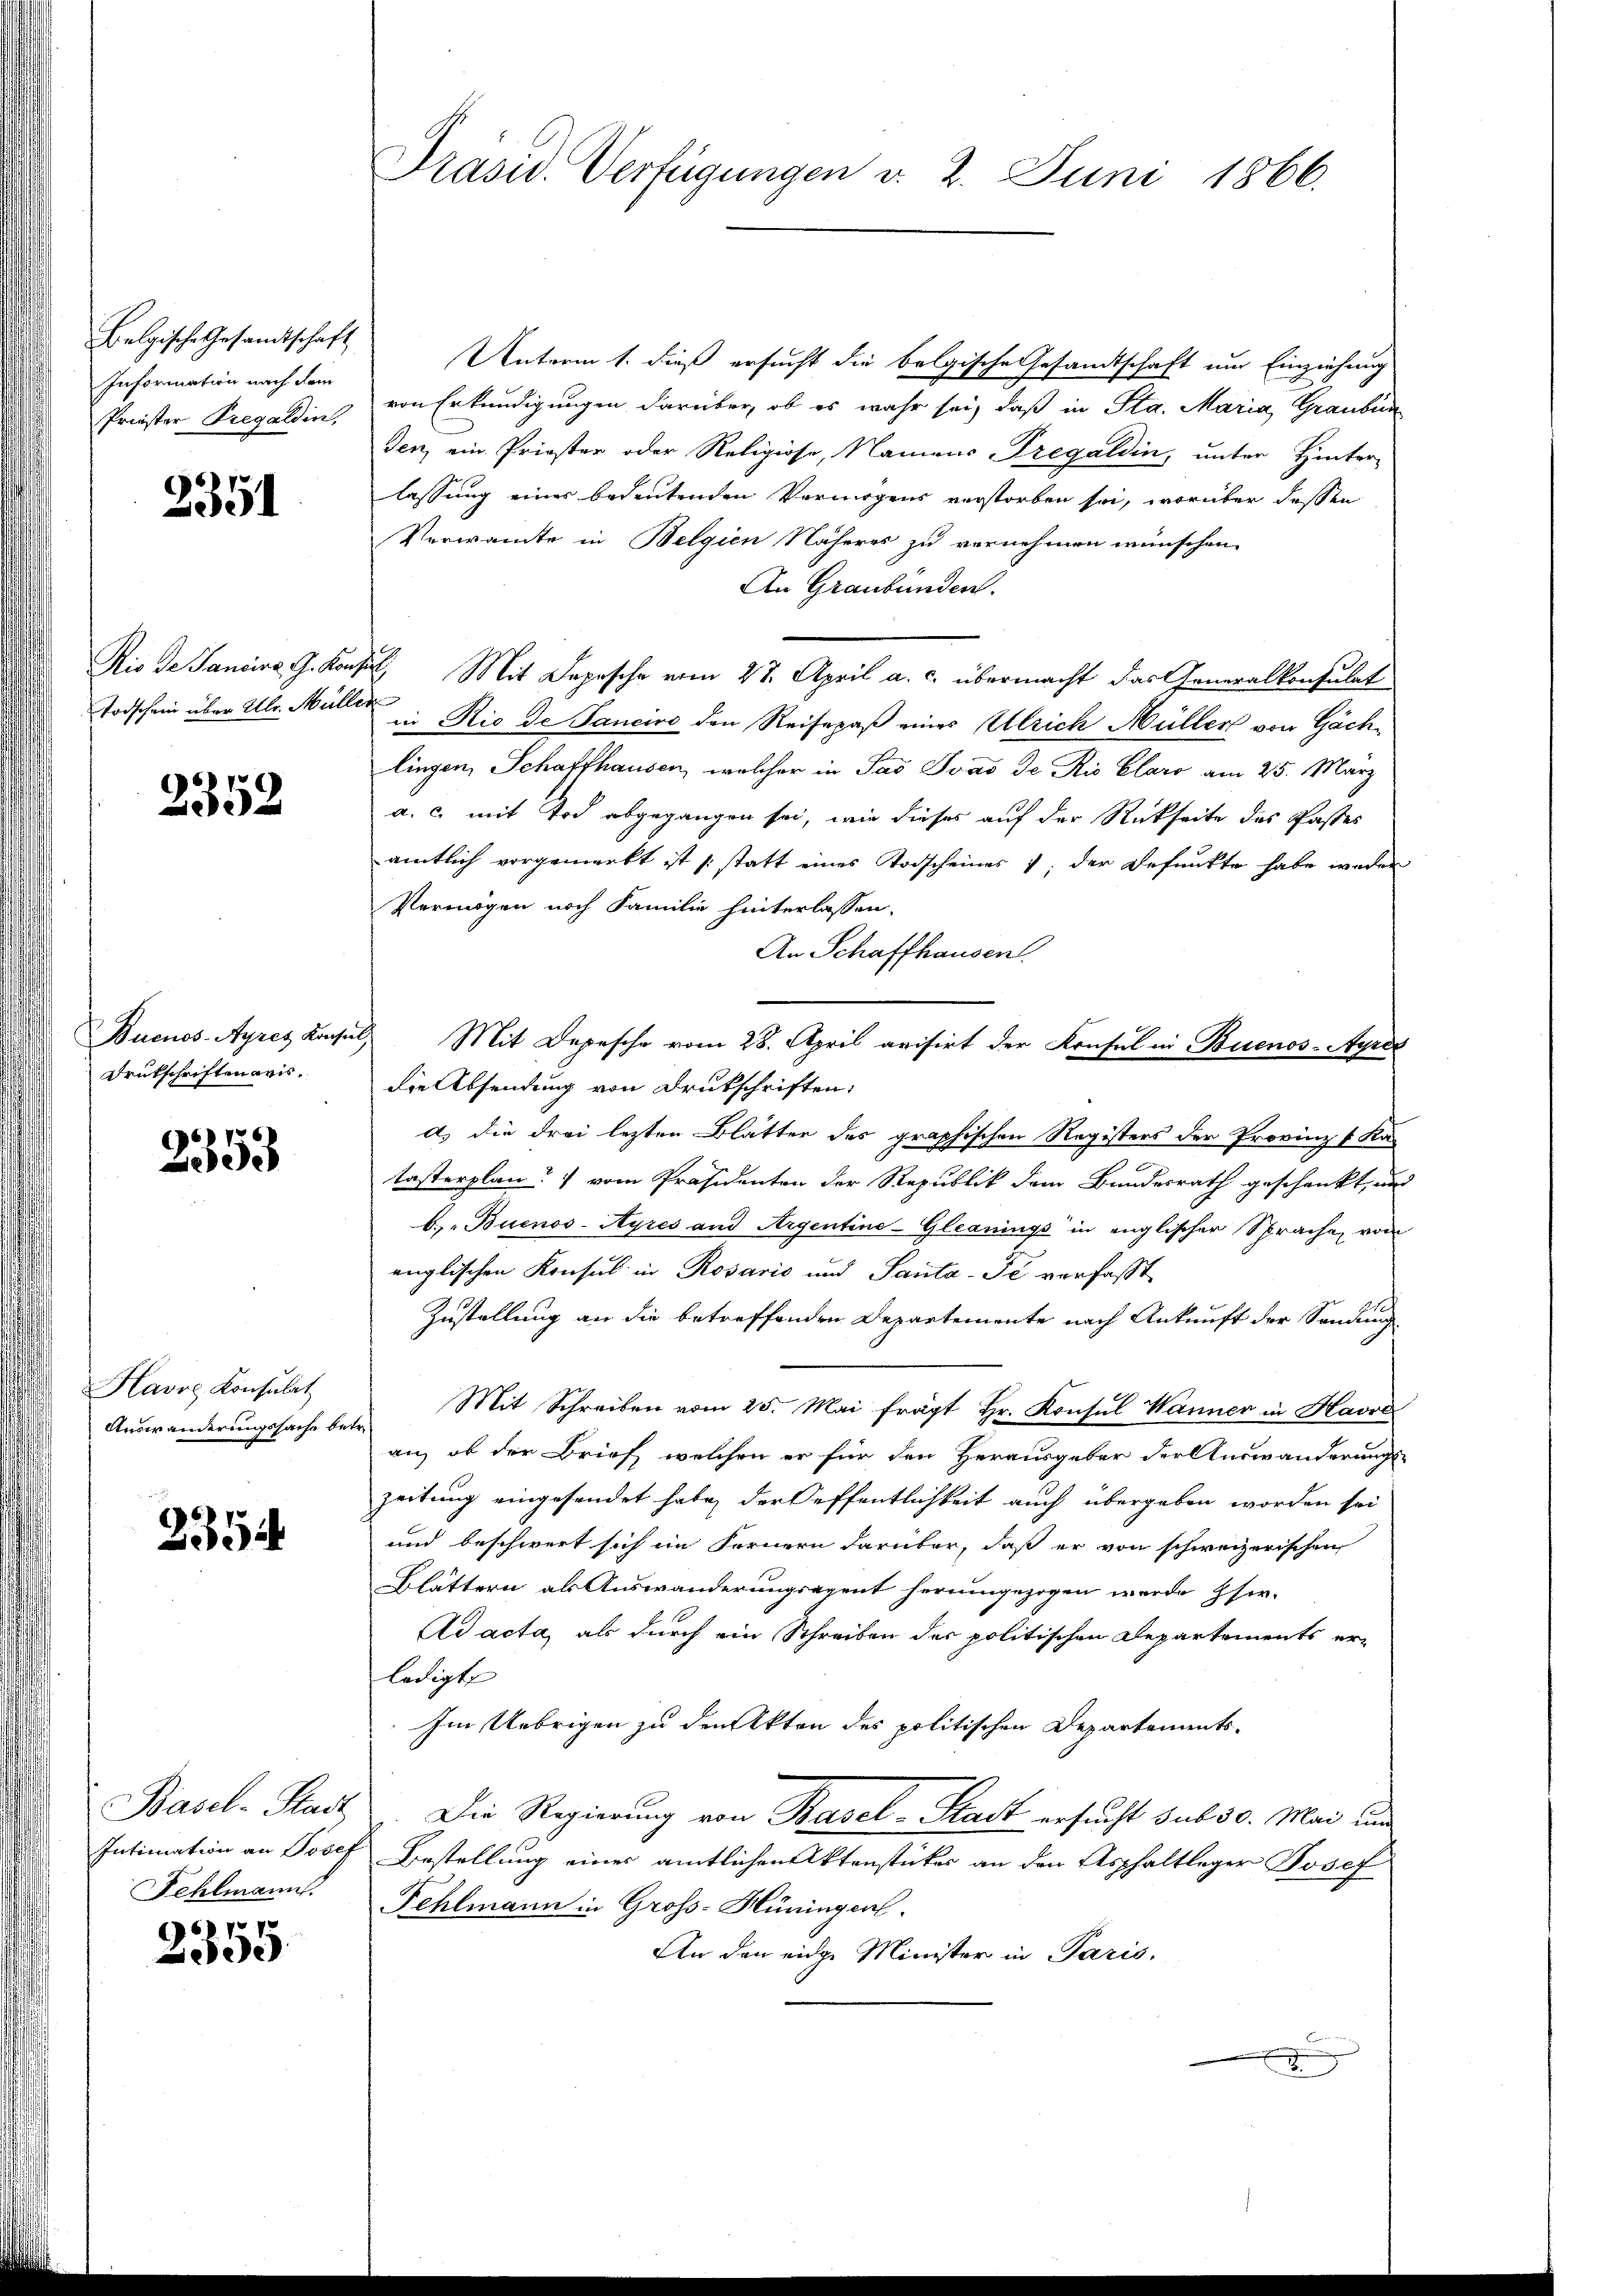
Belgische Gesandtschaft
Information nach dem
Priester Tregaldin,

2351

Rio de Sancira G. Konz
Todschein über Ulr. Müller

2352

Buenos-Ayres Konsul
Drukschriften avis.

2353

Havre Konsulat
Auswanderungssache betr.

2354

Basel-Stadt
Intimation an Josef
Fehlmann.

2355.

Prasid. Verfügungen v. 2. Juni 1866.

Unterm 1. dieß ersucht die belgische Gesandtschaft um Einziehung
von Erkundigungen darüber, ob es wahr sei, daß in Sta. Maria Graubün
den, ein Priester oder Religiose, Namens-Tregaldin, unter Hinter-
lassung eines bedeutenden Vermögens verstorben sei, worüber dessen
Verwandte in Belgien Näheres zu vernehmen wünschen.
An Graubünden.
. Mit Depesche vom 27. April a. c. übermacht das Generalkonsulat
d
in Rio de Janeiro den Reisepaß eines Ulrich Müller von Gächlingen, Schaffhausen, welcher in Paš Ivas de Rio Claro am 25. März
a. c. mit Tod abgegangen sei, wie dieses auf der Rückseite des Pastes
amtlich vorgemerkt ist statt eines Todscheines ; der Befunkte habe weder
Vermögen noch Familie hinterlassen.
An Schaffhausen.
Mit Depesche vom 28. April avisirt der Krusel in Buenos-Ayres
die Absendung von Drukschriften,
a) die drei lezten Blätter des graphischen Registers der Provinz (Ka-
E
tasterplan vom Präsidenten der Republik dem Bundesrath geschenkt, und
b) Buenos-Ayres and Argentine-Gleanings in englischer Sprache, von
englischen Konsul in Rosario und Santa-Fe verfaßt
Zustellung an die betreffenden Departemente nach Ankunft der Sendung
Mit Schreiben vom 25. Mai frägt Hr. Konsul Wanner in Havre
an, ob der Brief welchen er für den Herausgeber der Auswanderungszeitung eingesendet habe, der Oeffentlichkeit auch übergeben worden sei
und beschwert sich im Fernern darüber, daß er von schweizerischen
Blättern als Auswanderungsagent herumgezogen werde ser-
Ad acta, als durch ein Schreiben der politischen Departements erledigt
Im Uebrigen zu den Akten des politischen Departements-
Die Regierung von Basel-Stadt ersucht sub 30. Mai und
Bestellung eines amtlichen Aktenstückes an den Asphaltleger Josef
Fehlmann in Gross-Hüningen.
An den eidge Minister in Paris,
.